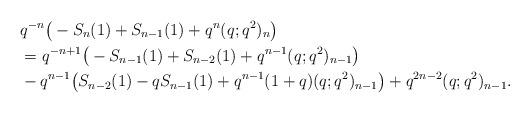
LaTeX: \begin{align*}&q^{-n} \big(-S_n(1)+S_{n-1}(1)+ q^n (q;q^2)_n\big) \\&=q^{-n+1}\big(-S_{n-1}(1)+S_{n-2}(1)+q^{n-1} (q;q^2)_{n-1}\big)\\& -q^{n-1}\big(S_{n-2}(1)-q S_{n-1}(1)+q^{n-1} (1+q)(q;q^2)_{n-1}\big) +q^{2n-2} (q;q^2)_{n-1}. \end{align*}